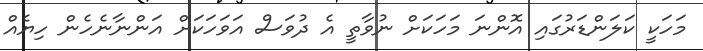
މަހަކީ ކަލަންޑަރުގައި އޮންނަ މަހަކަށް ނުވާތީ އެ ދުވަސް އަވަހަކަށް އަންނާނެހެން ހިޔެއް